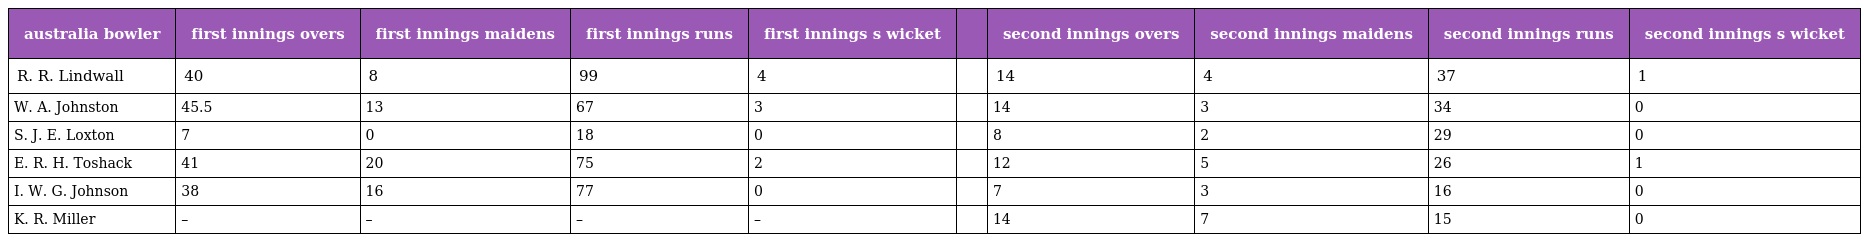
| australia bowler | first innings overs | first innings maidens | first innings runs | first innings s wicket |  | second innings overs | second innings maidens | second innings runs | second innings s wicket |
 | --- | --- | --- | --- | --- | --- | --- | --- | --- | --- |
 | R. R. Lindwall | 40 | 8 | 99 | 4 |  | 14 | 4 | 37 | 1 |
 | W. A. Johnston | 45.5 | 13 | 67 | 3 |  | 14 | 3 | 34 | 0 |
 | S. J. E. Loxton | 7 | 0 | 18 | 0 |  | 8 | 2 | 29 | 0 |
 | E. R. H. Toshack | 41 | 20 | 75 | 2 |  | 12 | 5 | 26 | 1 |
 | I. W. G. Johnson | 38 | 16 | 77 | 0 |  | 7 | 3 | 16 | 0 |
 | K. R. Miller | – | – | – | – |  | 14 | 7 | 15 | 0 |